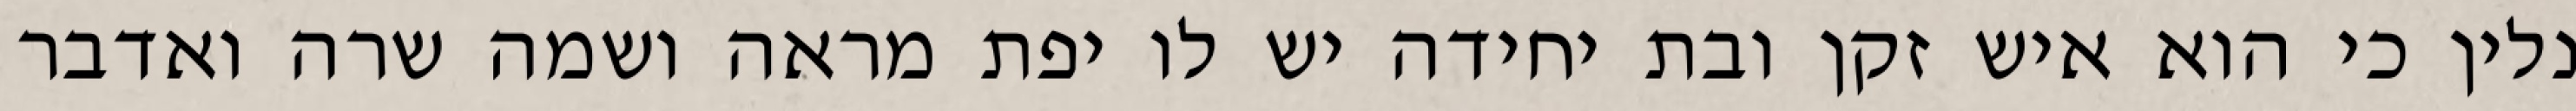
נלין כי הוא איש זקן ובת יחידה יש לו יפת מראה ושמה שרה ואדבר